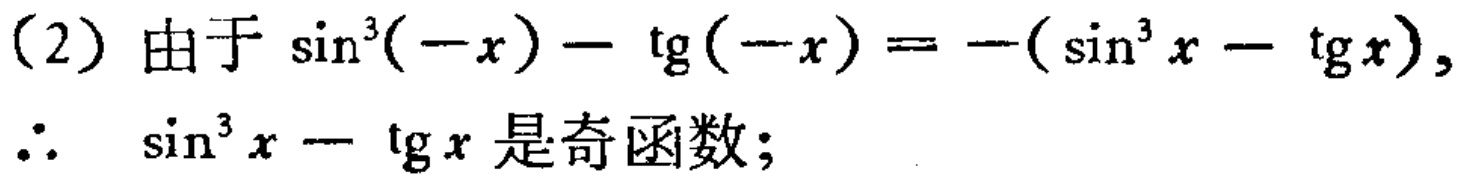
（2）由于\(\sin^{3}(-x)-\tg(-x)=-(\sin^{3}x - \tg x)\)，

\(\therefore\) \(\sin^{3}x - \tg x\)是奇函数；